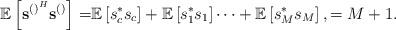
LaTeX: \begin{align*} \mathbb{E}\left[\mathbf{s}^{\left(\right)^H}\mathbf{s}^{\left(\right)}\right]=&\mathbb{E}\left[s_c^*s_c\right]+\mathbb{E}\left[s_1^*s_1\right]\cdots+\mathbb{E}\left[s_M^*s_M\right],=M+1.\end{align*}